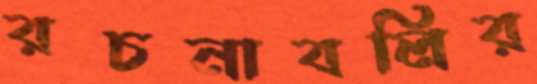
রচনাবলির